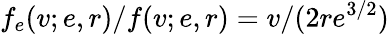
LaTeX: f_{e}(v;e,r)/f(v;e,r)=v/(2re^{3/2})